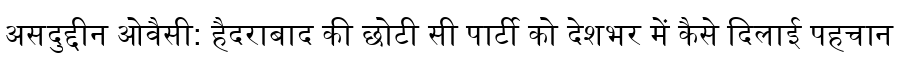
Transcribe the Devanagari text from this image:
असदुद्दीन ओवैसी: हैदराबाद की छोटी सी पार्टी को देशभर में कैसे दिलाई पहचान